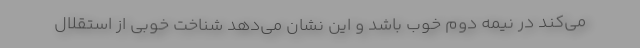
می‌کند در نیمه دوم خوب باشد و این نشان می‌دهد شناخت خوبی از استقلال